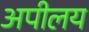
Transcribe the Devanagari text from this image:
अपीलय